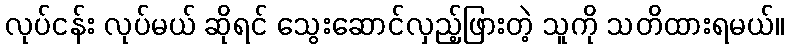
လုပ်ငန်း လုပ်မယ် ဆိုရင် သွေးဆောင်လှည့်ဖြားတဲ့ သူကို သတိထားရမယ်။